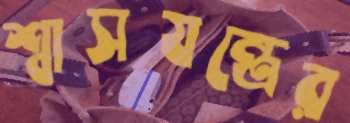
শ্বাসযন্ত্রের